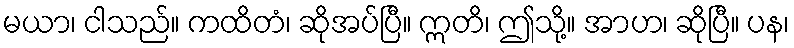
မယာ၊ ငါသည်။ ကထိတံ၊ ဆိုအပ်ပြီ။ ဣတိ၊ ဤသို့။ အာဟ၊ ဆိုပြီ။ ပန၊